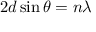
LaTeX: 2 d \sin \theta = n \lambda